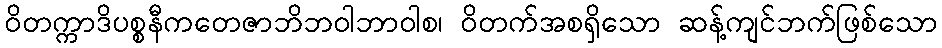
ဝိတက္ကာဒိပစ္စနီကတေဇာဘိဘဝါဘာဝါစ၊ ဝိတက်အစရှိသော ဆန့်ကျင်ဘက်ဖြစ်သော